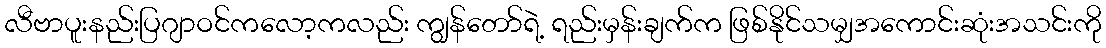
လီဗာပူးနည်းပြဂျာဝင်ကလော့ကလည်း ကျွန်တော်ရဲ့ ရည်းမှန်းချက်က ဖြစ်နိုင်သမျှအကောင်းဆုံးအသင်းကို